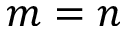
m = n